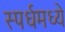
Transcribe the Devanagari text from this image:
स्पर्धमध्ये